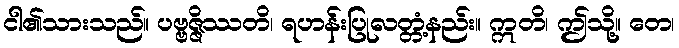
ငါ၏သားသည်။ ပဗ္ဗဇ္ဇိဿတိ၊ ရဟန်းပြုလတ္တံ့နည်း။ ဣတိ၊ ဤသို့။ တေ၊